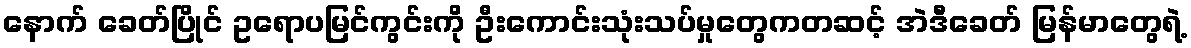
နောက် ခေတ်ပြိုင် ဥရောပမြင်ကွင်းကို ဦးကောင်းသုံးသပ်မှုတွေကတဆင့် အဲဒီခေတ် မြန်မာတွေရဲ့